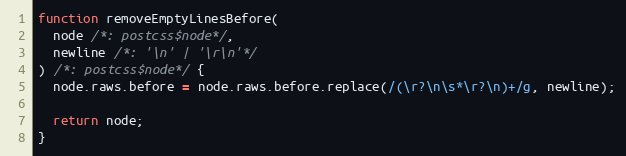
Language: JavaScript
function removeEmptyLinesBefore(
  node /*: postcss$node*/,
  newline /*: '\n' | '\r\n'*/
) /*: postcss$node*/ {
  node.raws.before = node.raws.before.replace(/(\r?\n\s*\r?\n)+/g, newline);

  return node;
}